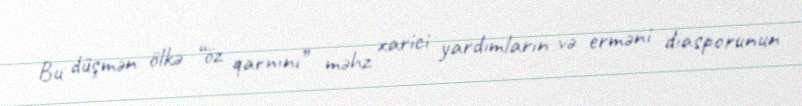
Bu düşmən ölkə “öz qarnını” məhz xarici yardımların və erməni diasporunun